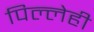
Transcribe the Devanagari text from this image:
पिल्लेही